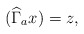
\begin{align*}(\widehat{\Gamma}_a x)=z,\end{align*}